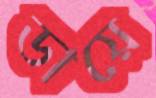
ডায়ে